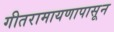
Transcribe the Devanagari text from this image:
गीतरामायणापासून